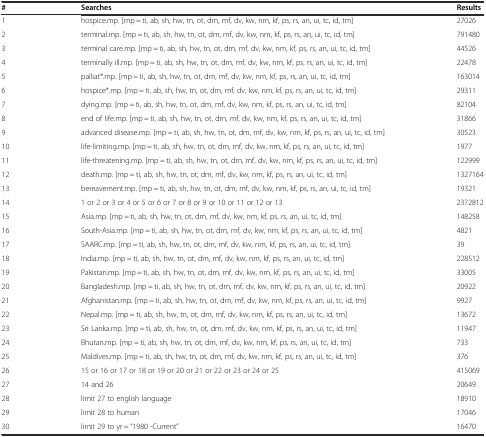
<table><thead><tr><td><b>#</b></td><td><b>Searches</b></td><td><b>Results</b></td></tr></thead><tbody><tr><td>1</td><td>hospice.mp. [mp = ti, ab, sh, hw, tn, ot, dm, mf, dv, kw, nm, kf, ps, rs, an, ui, tc, id, tm]</td><td>27026</td></tr><tr><td>2</td><td>terminal.mp. [mp = ti, ab, sh, hw, tn, ot, dm, mf, dv, kw, nm, kf, ps, rs, an, ui, tc, id, tm]</td><td>791480</td></tr><tr><td>3</td><td>terminal care.mp. [mp = ti, ab, sh, hw, tn, ot, dm, mf, dv, kw, nm, kf, ps, rs, an, ui, tc, id, tm]</td><td>44526</td></tr><tr><td>4</td><td>terminally ill.mp. [mp = ti, ab, sh, hw, tn, ot, dm, mf, dv, kw, nm, kf, ps, rs, an, ui, tc, id, tm]</td><td>22478</td></tr><tr><td>5</td><td>palliat*.mp. [mp = ti, ab, sh, hw, tn, ot, dm, mf, dv, kw, nm, kf, ps, rs, an, ui, tc, id, tm]</td><td>163014</td></tr><tr><td>6</td><td>hospice*.mp. [mp = ti, ab, sh, hw, tn, ot, dm, mf, dv, kw, nm, kf, ps, rs, an, ui, tc, id, tm]</td><td>29311</td></tr><tr><td>7</td><td>dying.mp. [mp = ti, ab, sh, hw, tn, ot, dm, mf, dv, kw, nm, kf, ps, rs, an, ui, tc, id, tm]</td><td>82104</td></tr><tr><td>8</td><td>end of life.mp. [mp = ti, ab, sh, hw, tn, ot, dm, mf, dv, kw, nm, kf, ps, rs, an, ui, tc, id, tm]</td><td>31866</td></tr><tr><td>9</td><td>advanced disease.mp. [mp = ti, ab, sh, hw, tn, ot, dm, mf, dv, kw, nm, kf, ps, rs, an, ui, tc, id, tm]</td><td>30523</td></tr><tr><td>10</td><td>life-limiting.mp. [mp = ti, ab, sh, hw, tn, ot, dm, mf, dv, kw, nm, kf, ps, rs, an, ui, tc, id, tm]</td><td>1977</td></tr><tr><td>11</td><td>life-threatening.mp. [mp = ti, ab, sh, hw, tn, ot, dm, mf, dv, kw, nm, kf, ps, rs, an, ui, tc, id, tm]</td><td>122999</td></tr><tr><td>12</td><td>death.mp. [mp = ti, ab, sh, hw, tn, ot, dm, mf, dv, kw, nm, kf, ps, rs, an, ui, tc, id, tm]</td><td>1327164</td></tr><tr><td>13</td><td>bereavement.mp. [mp = ti, ab, sh, hw, tn, ot, dm, mf, dv, kw, nm, kf, ps, rs, an, ui, tc, id, tm]</td><td>19321</td></tr><tr><td>14</td><td>1 or 2 or 3 or 4 or 5 or 6 or 7 or 8 or 9 or 10 or 11 or 12 or 13</td><td>2372812</td></tr><tr><td>15</td><td>Asia.mp. [mp = ti, ab, sh, hw, tn, ot, dm, mf, dv, kw, nm, kf, ps, rs, an, ui, tc, id, tm]</td><td>148258</td></tr><tr><td>16</td><td>South-Asia.mp. [mp = ti, ab, sh, hw, tn, ot, dm, mf, dv, kw, nm, kf, ps, rs, an, ui, tc, id, tm]</td><td>4821</td></tr><tr><td>17</td><td>SAARC.mp. [mp = ti, ab, sh, hw, tn, ot, dm, mf, dv, kw, nm, kf, ps, rs, an, ui, tc, id, tm]</td><td>39</td></tr><tr><td>18</td><td>India.mp. [mp = ti, ab, sh, hw, tn, ot, dm, mf, dv, kw, nm, kf, ps, rs, an, ui, tc, id, tm]</td><td>228512</td></tr><tr><td>19</td><td>Pakistan.mp. [mp = ti, ab, sh, hw, tn, ot, dm, mf, dv, kw, nm, kf, ps, rs, an, ui, tc, id, tm]</td><td>33005</td></tr><tr><td>20</td><td>Bangladesh.mp. [mp = ti, ab, sh, hw, tn, ot, dm, mf, dv, kw, nm, kf, ps, rs, an, ui, tc, id, tm]</td><td>20922</td></tr><tr><td>21</td><td>Afghanistan.mp. [mp = ti, ab, sh, hw, tn, ot, dm, mf, dv, kw, nm, kf, ps, rs, an, ui, tc, id, tm]</td><td>9927</td></tr><tr><td>22</td><td>Nepal.mp. [mp = ti, ab, sh, hw, tn, ot, dm, mf, dv, kw, nm, kf, ps, rs, an, ui, tc, id, tm]</td><td>13672</td></tr><tr><td>23</td><td>Sri Lanka.mp. [mp = ti, ab, sh, hw, tn, ot, dm, mf, dv, kw, nm, kf, ps, rs, an, ui, tc, id, tm]</td><td>11947</td></tr><tr><td>24</td><td>Bhutan.mp. [mp = ti, ab, sh, hw, tn, ot, dm, mf, dv, kw, nm, kf, ps, rs, an, ui, tc, id, tm]</td><td>733</td></tr><tr><td>25</td><td>Maldives.mp. [mp = ti, ab, sh, hw, tn, ot, dm, mf, dv, kw, nm, kf, ps, rs, an, ui, tc, id, tm]</td><td>376</td></tr><tr><td>26</td><td>15 or 16 or 17 or 18 or 19 or 20 or 21 or 22 or 23 or 24 or 25</td><td>415069</td></tr><tr><td>27</td><td>14 and 26</td><td>20649</td></tr><tr><td>28</td><td>limit 27 to english language</td><td>18910</td></tr><tr><td>29</td><td>limit 28 to human</td><td>17046</td></tr><tr><td>30</td><td>limit 29 to yr = “1980 -Current”</td><td>16470</td></tr></tbody></table>